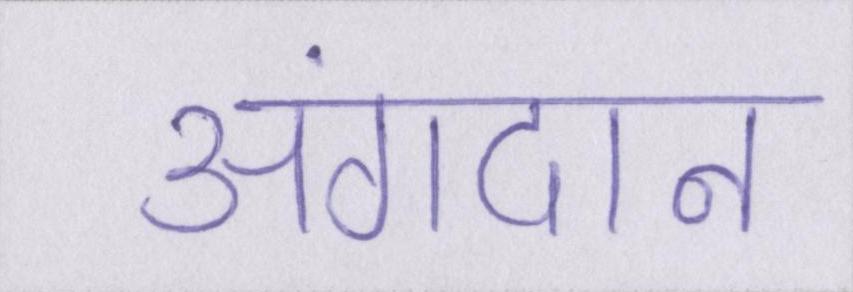
अंगदान